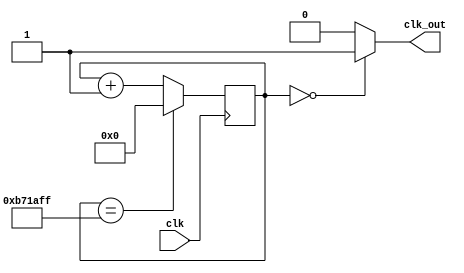
//-----------------------------------------------------------------------------
//-- Divisor de reloj
//-- Seal de periodo igual al indicado
//-- El ancho del pulso positivo es de 1 ciclo de reloj
//--
//-- (c) BQ. September 2015. written by Juan Gonzalez (obijuan)
//-----------------------------------------------------------------------------
//-- GPL license
//-----------------------------------------------------------------------------

//-- ENTRADAS:
//--     -clk: Senal de reloj del sistema (12 MHZ en la iceStick)
//
//-- SALIDAS:
//--     - clk_out. Seal de salida para lograr la velocidad en baudios indicada
//--                Anchura de 1 periodo de clk. SALIDA NO REGISTRADA
module dividerp1(input wire clk,
                 output wire clk_out);

//-- Valor por defecto de la velocidad en baudios
parameter M = 12_000_000;   //one sec

//-- Numero de bits para almacenar el divisor de baudios
localparam N = $clog2(M);

//-- Registro para implementar el contador modulo M
reg [N-1:0] divcounter = 0;

//-- Contador mdulo M
always @(posedge clk)
    divcounter <= (divcounter == M - 1) ? 0 : divcounter + 1;

//-- Sacar un pulso de anchura 1 ciclo de reloj si el generador
assign clk_out = (divcounter == 0) ? 1 : 0;


endmodule